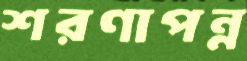
শরণাপন্ন